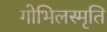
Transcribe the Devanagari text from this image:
गोभिलस्मृति